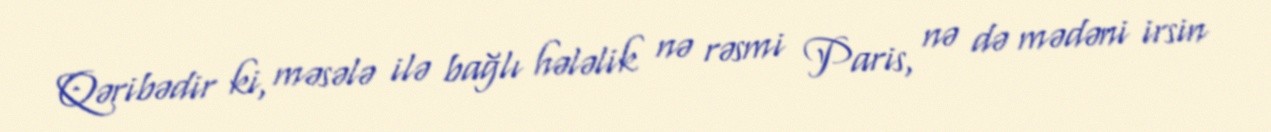
Qəribədir ki, məsələ ilə bağlı hələlik nə rəsmi Paris, nə də mədəni irsin